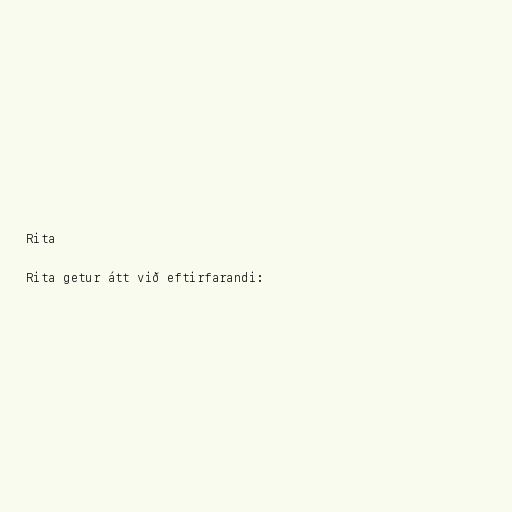
Rita

Rita getur átt við eftirfarandi: